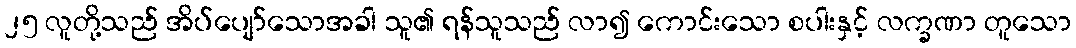
၂၅ လူတို့သည် အိပ်ပျော်သောအခါ သူ၏ ရန်သူသည် လာ၍ ကောင်းသော စပါးနှင့် လက္ခဏာ တူသော